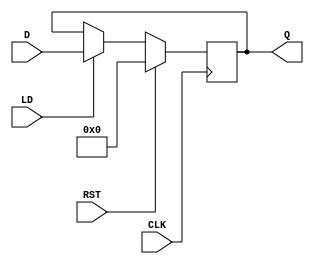
`timescale 1ns / 1ps
//////////////////////////////////////////////////////////////////////////////////
// Company: 
// Engineer: 
// 
// Design Name: 
// Module Name: Reg
// Project Name: 
// Target Devices: 
// Tool Versions: 
// Description: 
// 
// Dependencies: 
// 
// Revision:
// Revision 0.01 - File Created
// Additional Comments:
// 
//////////////////////////////////////////////////////////////////////////////////

module Reg(input CLK, RST, LD,
           input [3:0] D,
           output reg [3:0] Q);
always @(posedge CLK)
    begin
        if(RST)
            Q <= 0;
        else if(LD)
            Q <= D;
        else    Q[3:0] <= Q[3:0];
     end
endmodule